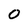
Character: 0